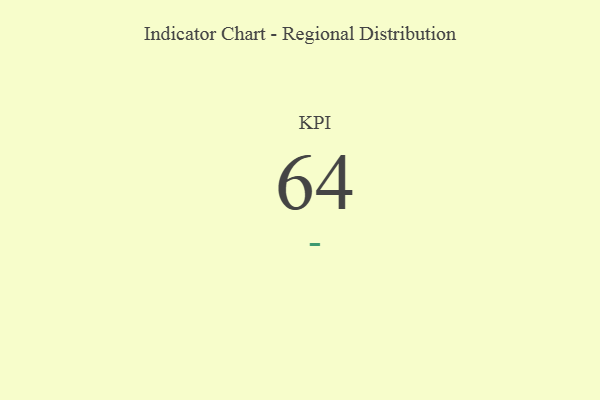
{"axis": {"x": "KPI", "y": "Value"}, "legend": [""], "data": [{"x": "KPI", "y": 64, "type": ""}]}